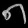
Digit: ၈